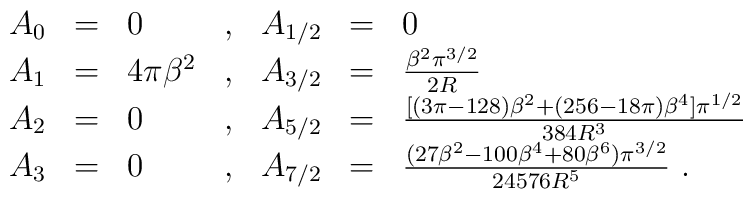
\begin{array}{lclcccl}A_0 & = & 0                 & , &   A_{1/2} & = & 0 \nonumber \\A_1 & = &  4\pi\beta^2    & , &   A_{3/2} & = &  \frac{\beta^2 \pi^{3/2}}{2R} \nonumber \\A_2 & = & 0                & , &   A_{5/2} & = & \frac{[(3\pi-128)\beta^2+(256-18\pi)\beta^4]\pi^{1/2}}{384R^3} \nonumber \\A_3 & = & 0                & , &  A_{7/2}  & = & \frac{(27\beta^2 -100\beta^4+80\beta^6)\pi^{3/2}}{24576 R^5}\nonumber\ . \\ \end{array}